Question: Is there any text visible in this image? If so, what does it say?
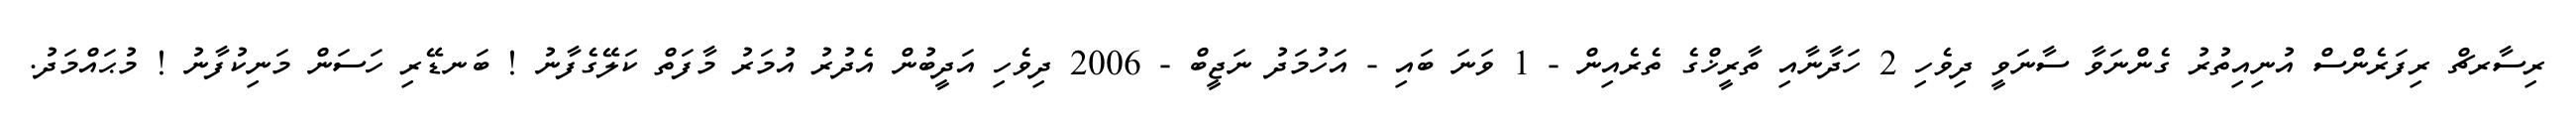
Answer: ރިސާރޗް ރިފަރެންސް އުނިއިތުރު ގެންނަވާ ސާނަވީ ދިވެހި 2 ހަދާނާއި ތާރީޚްގެ ތެރެއިން - 1 ވަނަ ބައި - އަހުމަދު ނަޖީބް - 2006 ދިވެހި އަދީބުން އެދުރު އުމަރު މާފަތް ކަލޭގެފާނު ! ބަނޑޭރި ހަސަން މަނިކުފާނު ! މުޙައްމަދު.